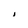
Character: i